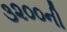
૩૨૦૦ની